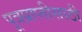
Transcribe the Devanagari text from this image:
पूत्रप्राप्तीसाठी